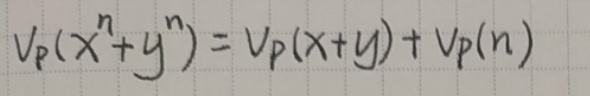
\[
v_p(x^n + y^n) = v_p(x + y) + v_p(n)
\]